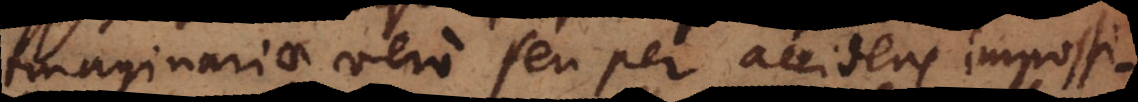
Imaginariae vero seu per accidens impossi